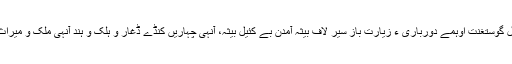
ہپت سال گوستغنت اوہمے دورباری ءَ زیارت باز سیر لاف بیثہ آمدن بے کئیل بیثہ، آنہی چہاریں کُنڈے ڈغار و ہلک و ہند آنہی ملک و میراث اثتنت۔